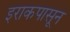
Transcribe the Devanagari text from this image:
इराकपासून